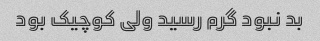
بد نبود گرم رسید ولی کوچیک بود